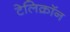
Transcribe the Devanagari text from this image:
टेलिक्रॉन